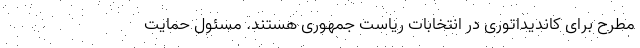
مطرح برای کاندیداتوری در انتخابات ریاست جمهوری هستند. مسئول حمایت